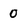
Character: 0